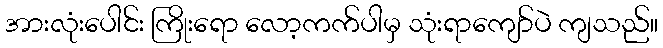
အားလုံးပေါင်း ကြိုးရော လော့ကက်ပါမှ သုံးရာကျော်ပဲ ကျသည်။